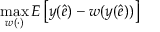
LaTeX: \operatorname* { m a x } _ { w ( \cdot ) } E \left[ y ( { \hat { e } } ) - w ( y ( { \hat { e } } ) ) \right]